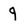
Character: 9